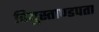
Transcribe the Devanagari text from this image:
वियुस्ताण्डपता